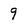
Character: 9